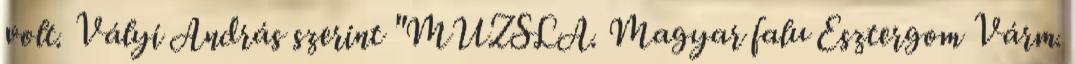
volt. Vályi András szerint "MUZSLA. Magyar falu Esztergom Várm.